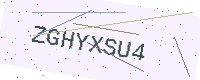
Text: ZGHYXSU4